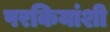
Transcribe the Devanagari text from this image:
परकियांशी